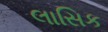
લાસિક